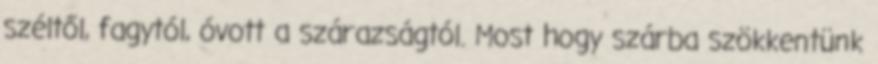
széltől, fagytól, óvott a szárazságtól. Most hogy szárba szökkentünk